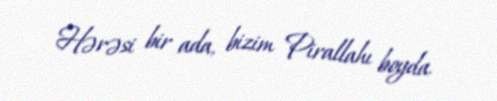
Hərəsi bir ada, bizim Pirallahı boyda.